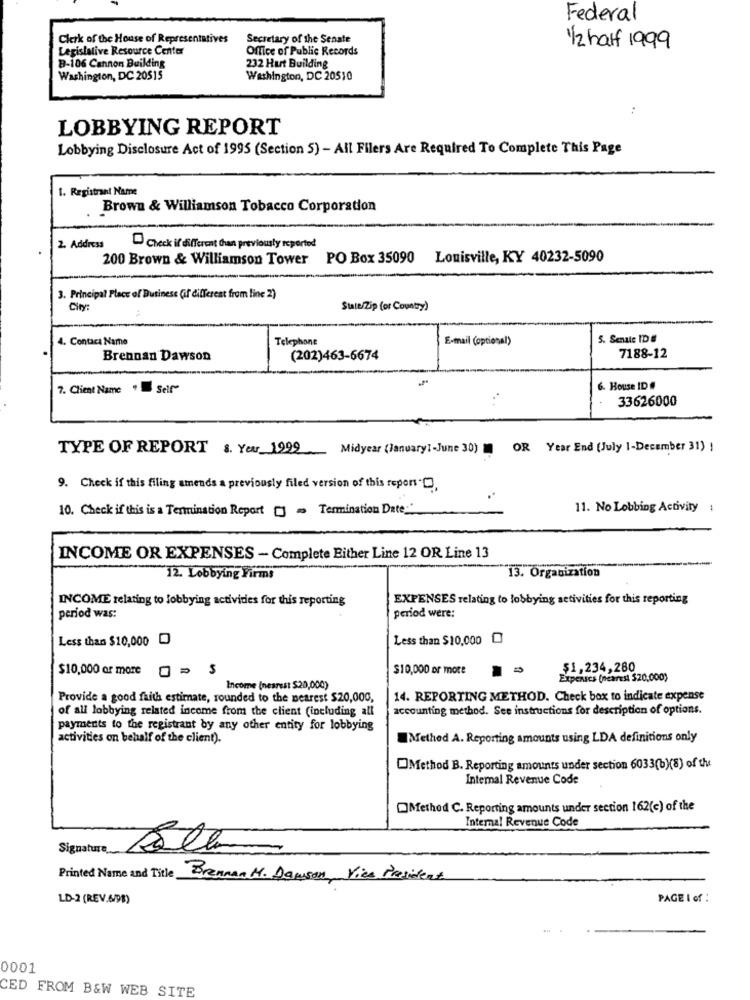
Federal
Clerk of the House of Representatives
Secretary of the Senate
Legislative Resource Center
Office of Public Records
1/2 half 1999
B-106 Cannon Building
232 Hurt Building
Washington, DC 20515
Washington, DC 20510
:
LOBBYING REPORT
Lobbying Disclosure Act of 1995 (Section 5) - All Filers Are Required To Complete This Page
1. Registrant Name
Brown & Williamson Tobacco Corporation
2. Address
Check if different than previously reported
200 Brown & Williamson Tower
PO Box 35090 Louisville, KY 40232-5090
3. Principal Place of Business (if different from line 2)
City:
Suit/Zip (or Country)
4. Contaca Name
Telephone
E-mail (optional)
5. Senate ID #
.
Brennan Dawson
(202)463-6674
7188-12
7. Client Name " Self"
6. House ID #
33626000
TYPE OF REPORT &. Year 1999
Midyear (January1-June 30) OR Year End (July 1-December 31) !
9. Check if this filing amends a previously filed version of this report ",
10. Check if this is a Termination Report [] = Termination Date_'
11. No Lobbing Activity :
INCOME OR EXPENSES - Complete Either Line 12 OR Line 13
12. Lobbying Firms
13. Organization
INCOME relating to lobbying activides for this reporting
EXPENSES relating to lobbying activities for this reporting
period was:
period were:
Less than $10,000 0
Less than $10,000
$10,000 or more
$10,000 or more
$1,234,280
Expenses (nearest $20,000)
Income (nesrest $20,000)
Provide a good faith estimate, rounded to the nearest $20,000,
14. REPORTING METHOD. Check box to indicate expense
of all lobbying related income from the client (including all
accounting method. See instructions for description of options.
payments to the registrant by any other entity for lobbying
activities on behalf of the client).
Methed A. Reporting amounts using LDA definitions only
OMethod B. Reporting amounts under section 6033(b)(8) of the
Internal Revenue Code
Method C. Reporting amounts under section 162(c) of the
Internal Revenue Code
Signature
Printed Name and Title
Brennan M. Dawson, Vice President
LD-2 (REV.6/98)
PAGE I of :
0001
CED FROM B&W WEB SITE